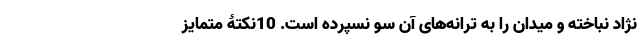
نژاد نباخته و میدان را به ترانه‌های آن سو نسپرده است. ‌10نکتۀ متمایز